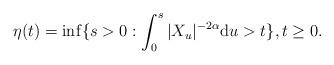
LaTeX: \begin{align*}\eta(t) = \inf\{s>0 : \int_0^s |X_u|^{-2\alpha}{\rm d}u >t\}, t\geq 0.\end{align*}